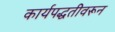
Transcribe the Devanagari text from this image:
कार्यपद्धतीवरून